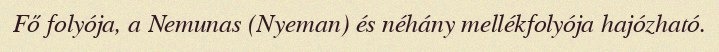
Fő folyója, a Nemunas (Nyeman) és néhány mellékfolyója hajózható.